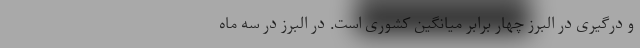
و درگیری در البرز چهار برابر میانگین کشوری است. در البرز در سه ماه